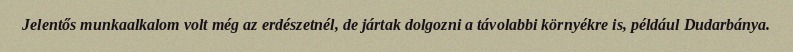
Jelentős munkaalkalom volt még az erdészetnél, de jártak dolgozni a távolabbi környékre is, például Dudarbánya.